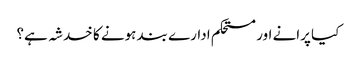
کیا پرانے اور مستحکم ادارے بند ہونے کا خدشہ ہے؟